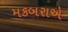
મકબરાએ